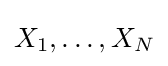
X_{1},\ldots ,X_{N}